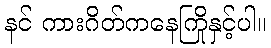
နင် ကားဂိတ်ကနေကြိုနှင့်ပါ။